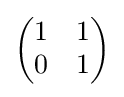
{\begin{pmatrix}1&1\\0&1\end{pmatrix}}